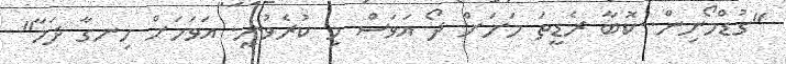
"ގުޑްމޯނިން..ކޮބާ ރެޑީތަ މަށަށް ދޯ އަވަސް މި ކުރެވުނީ. އަވަހަށް ހިނގާ ދަމާ"